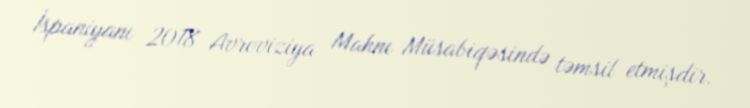
İspaniyanı 2018 Avroviziya Mahnı Müsabiqəsində təmsil etmişdir.